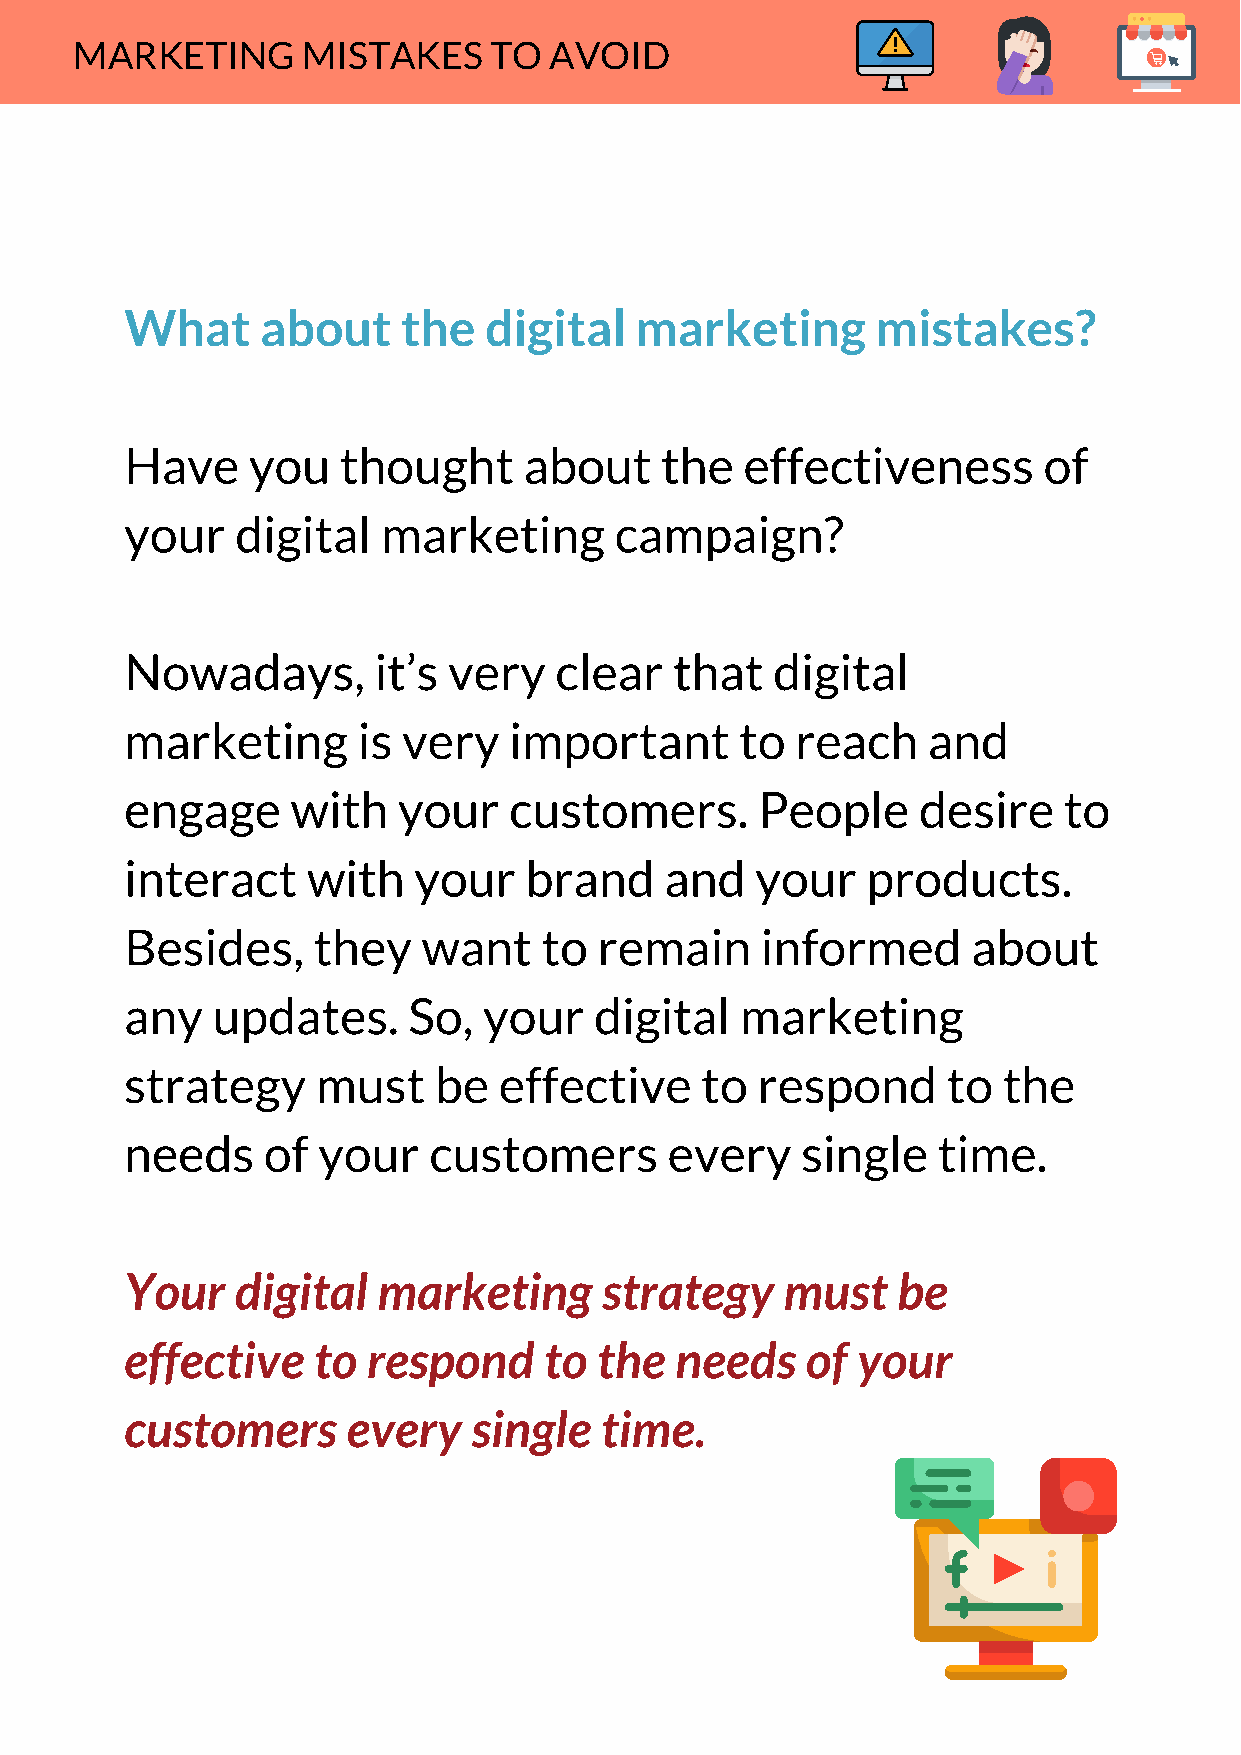
MARKETING      MISTAKES    TO  AVOID
 What     about     the  digital   marketing       mistakes?
 Have    you   thought      about    the  effectiveness       of
 your    digital  marketing       campaign?
 Nowadays,        it’s very   clear   that  digital
 marketing       is very   important      to  reach   and
 engage     with   your    customers.      People     desire   to
 interact    with   your    brand    and   your   products.
 Besides,     they   want    to  remain    informed      about
 any   updates.     So,  your   digital   marketing
 strategy     must    be  effective    to  respond      to the
 needs    of  your   customers       every    single   time.
 Your    digital  marketing      strategy    must   be
 effective    to respond     to  the  needs   of  your
 customers      every   single   time.